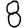
Digit: 8